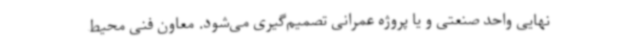
نهایی واحد صنعتی و یا پروژه عمرانی تصمیم‌گیری می‌شود. معاون فنی محیط